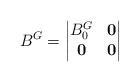
LaTeX: \begin{align*}B^{G}=\begin{vmatrix} B_{0}^{G} & \bold{0} \\ \bold{0} & \bold{0} \\\end{vmatrix}\end{align*}